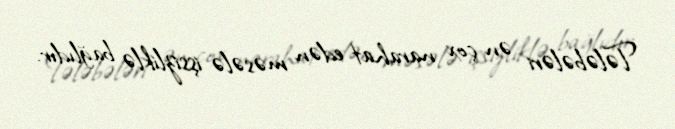
Tələbələri ən çox narahat edən məsələ işsizliklə bağlıdır.